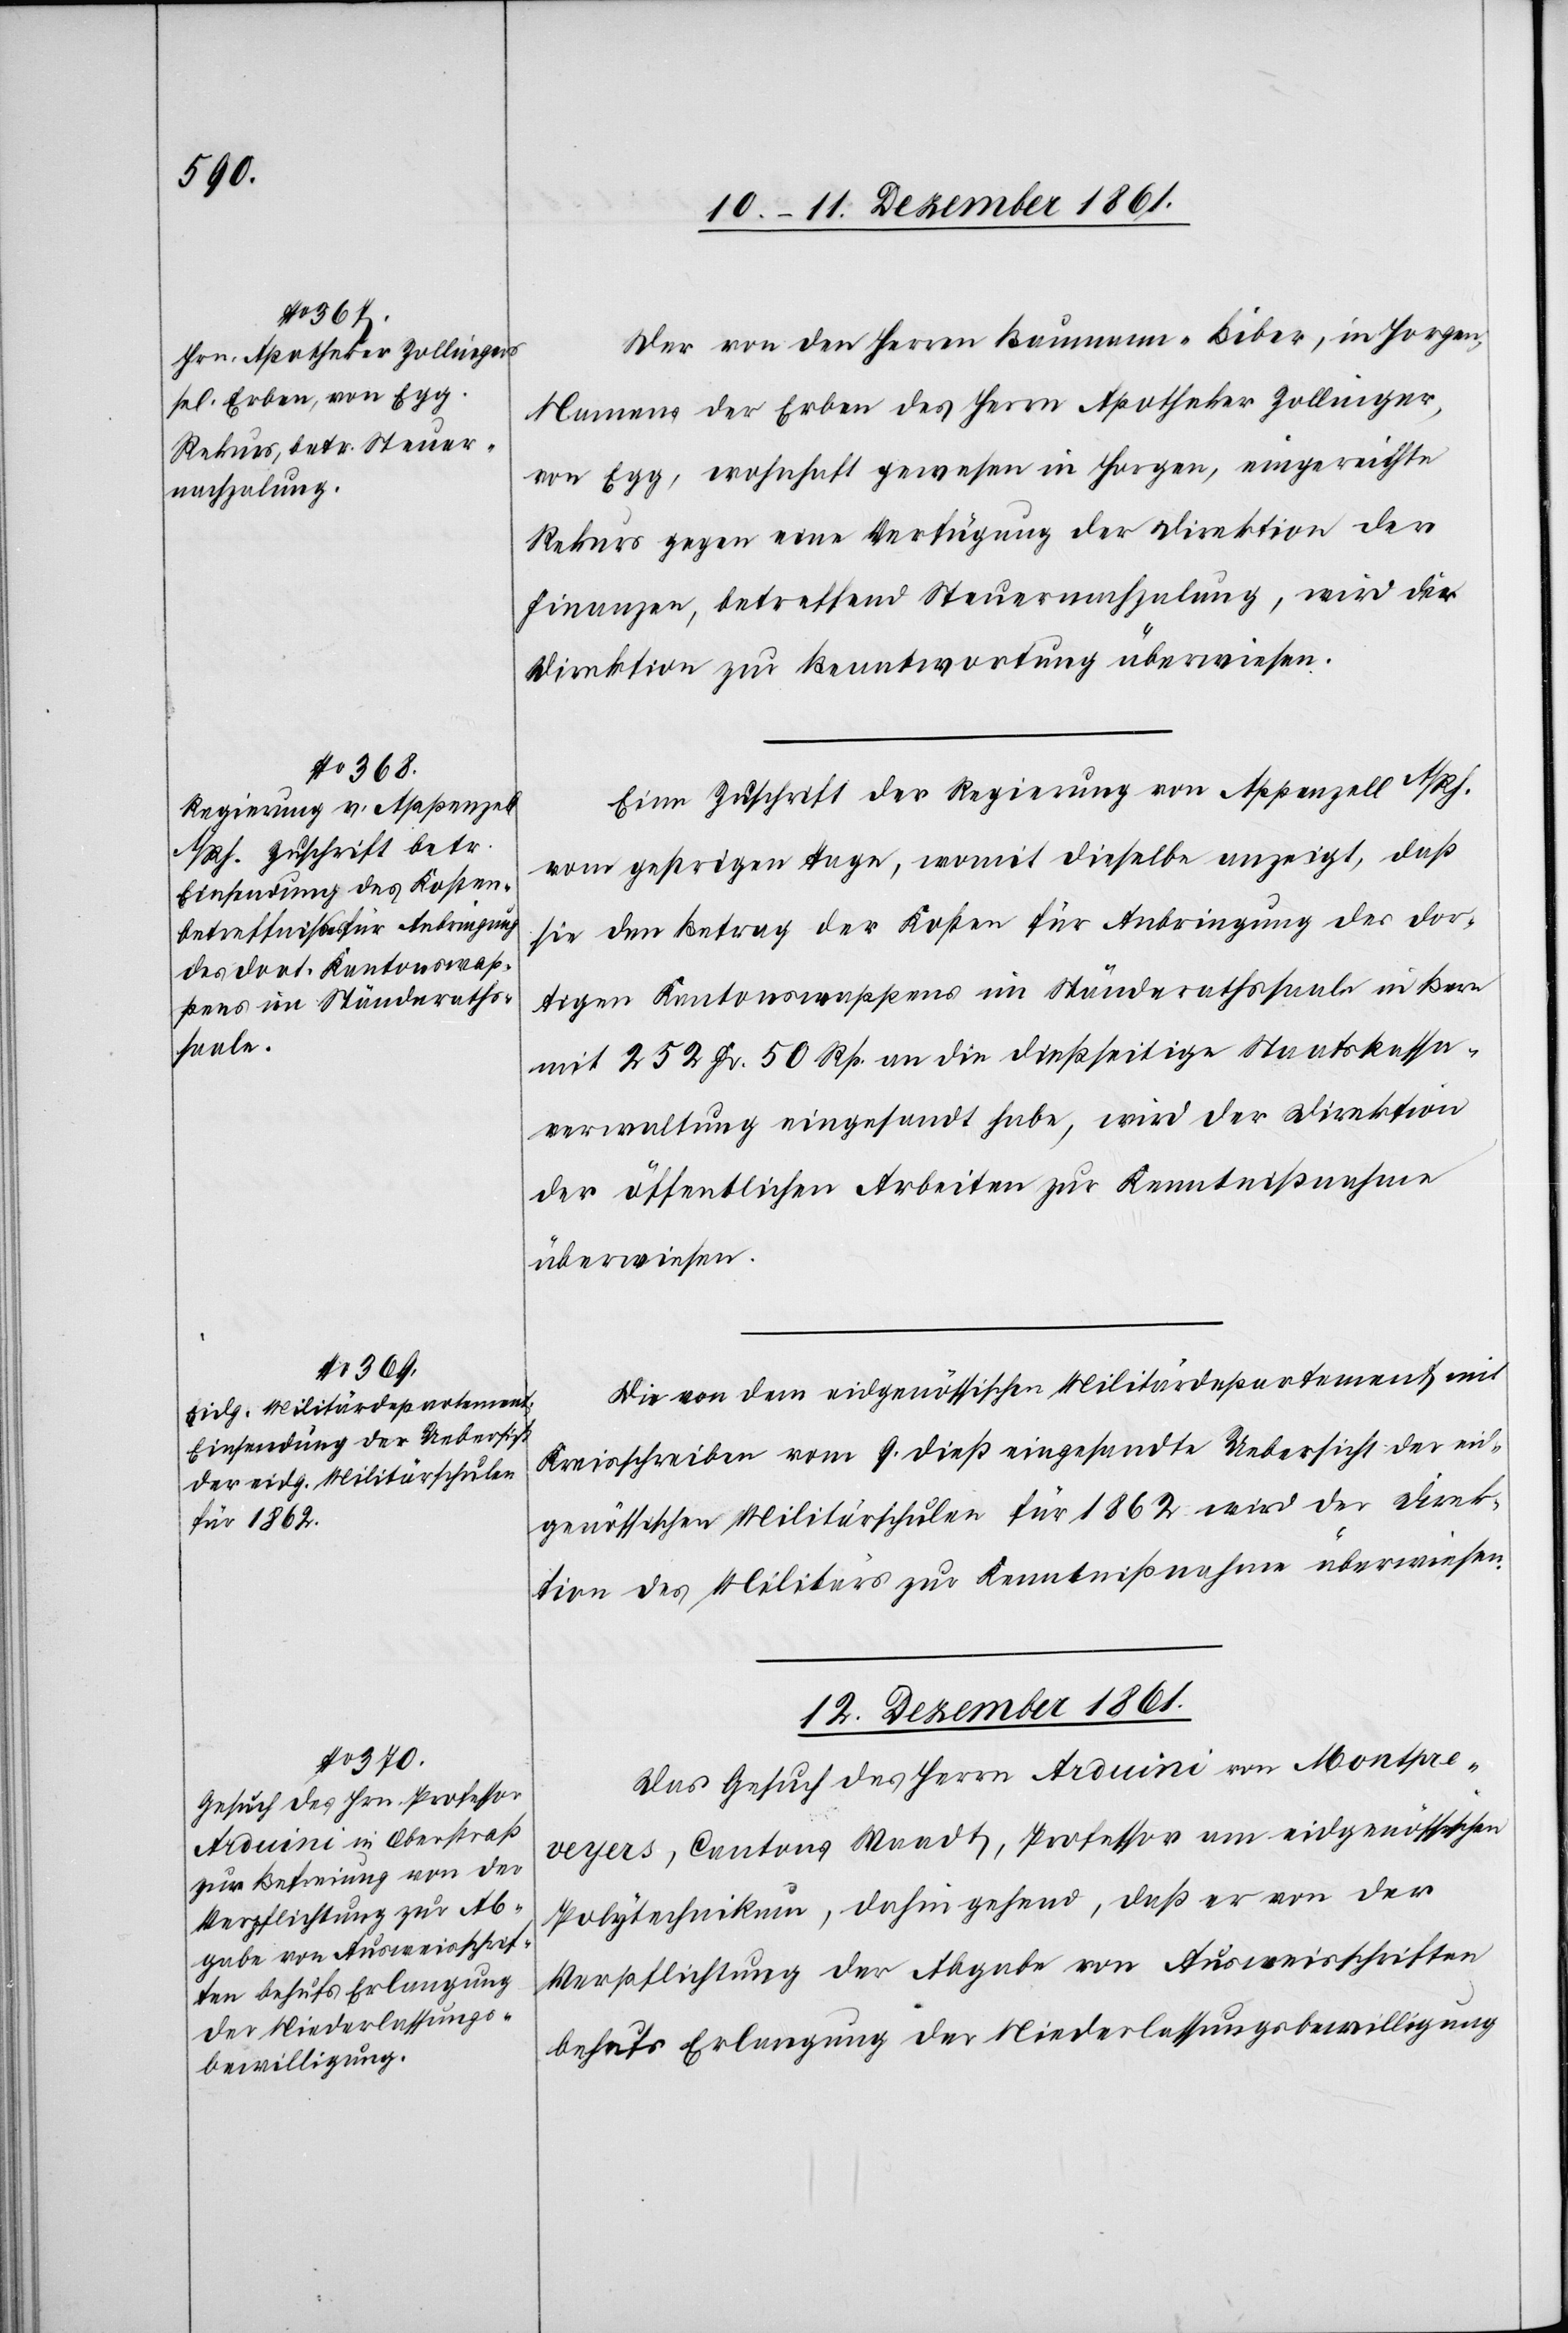
11 Dezember 1861.]
Der von den Herren Baumann-Biber, in Horgen,
Namens der Erben des Herrn Apotheker Zollinger,
von Egg, wohnhaft gewesen in Horgen, eingereichte
Rekurs gegen eine Verfügung der Direktion der
Finanzen, betreffend Steuernachzahlung, wird der
Direktion zur Beantwortung überwiesen.
Eine Zuschrift der Regierung von Appenzell A/Rh.
vom gestrigen Tage, womit dieselbe anzeigt, daß
sie den Betrag der Kosten für Anbringung des dor¬
tigen Kantonswappens im Ständerathssaale in Bern
mit 252 Fr. 50 Rp. an die dießseitige Staatskassa¬
verwaltung eingesandt habe, wird der Direktion
der öffentlichen Arbeiten zur Kenntnißnahme
überwiesen.
Die von dem eidgenössischen Militärdepartement mit
Kreisschreiben vom 9 dieß eingesandte Uebersicht der eid¬
genössischen Militärschulen für 1862 wird der Direk¬
tion des Militärs zur Kenntnißnahme überwiesen.
12 Dezember 1861.
Das Gesuch des Herrn Arduini von Montpr¬
eveyres, Cantons Waadt, Professor am eidgenössischen
Polytechnikum, dahin gehend, daß er von der
Verpflichtung der Abgabe von Ausweisschriften
behufs Erlangung der Niederlassungsbewilligung